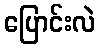
ပြောင်းလဲ